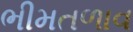
ભીમતળાવ